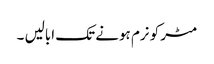
مٹر کو نرم ہونے تک ابالیں ۔